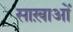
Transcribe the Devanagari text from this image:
साख़ाओं